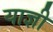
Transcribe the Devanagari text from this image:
याज्ञी